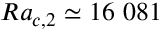
R a _ { c , 2 } \simeq 1 6 \ 0 8 1